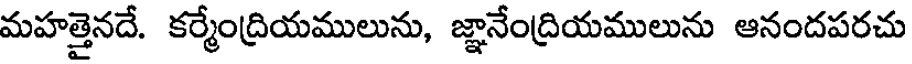
మహత్తైనదే. కర్మేంద్రియములును, జ్ఞానేంద్రియములును ఆనందపరచు